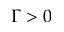
\Gamma > 0